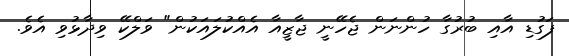
ފަގުޑި އާއި ބުރުގާ ހުންނަން ޖެހޭނީ ޖާޒީއާ އެއްކުލައަކުން" ވަލްކޭ ވިދާޅުވި އެވެ.